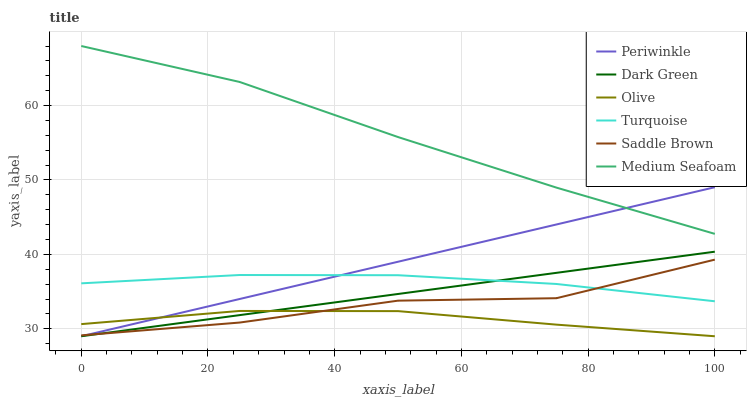
| xaxis_label | Periwinkle | Dark Green | Olive | Turquoise | Saddle Brown | Medium Seafoam |
 | --- | --- | --- | --- | --- | --- | --- |
 | 0 | 29 | 29 | 30.6 | 36.1 | 29.1 | 68 |
 | 25 | 34 | 31.8 | 32.4 | 37.2 | 30.8 | 63.2 |
 | 50 | 39 | 34.7 | 32.4 | 37.2 | 33.8 | 55.8 |
 | 75 | 44 | 37.5 | 30.6 | 36 | 34.1 | 49 |
 | 100 | 49 | 40.4 | 29 | 33.7 | 39.3 | 42.8 |